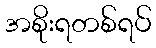
အစိုးရတစ်ရပ်